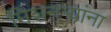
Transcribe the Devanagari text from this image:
मिशनऱ्यांना